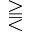
\gtreqqless